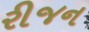
રીજન